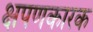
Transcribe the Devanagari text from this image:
क्षपणकारक